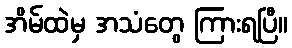
အိမ်ထဲမှ အသံတွေ ကြားရပြီ။